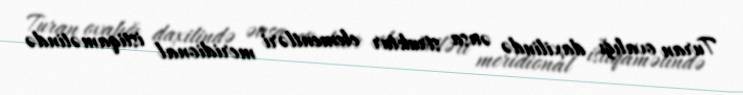
Turan ovalığı daxilində əasa struktur elementləri meridional istiqamətində